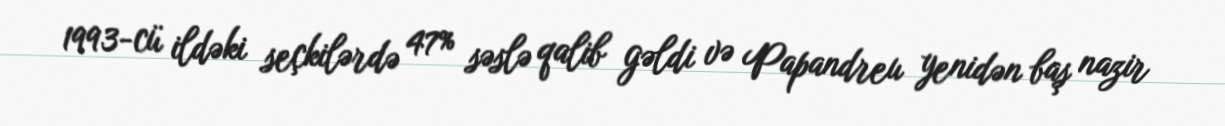
1993-cü ildəki seçkilərdə 47% səslə qalib gəldi və Papandreu yenidən baş nazir